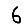
Digit: 6